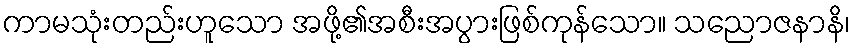
ကာမသုံးတည်းဟူသော အဖို့၏အစီးအပွားဖြစ်ကုန်သော။ သညောဇနာနိ၊